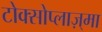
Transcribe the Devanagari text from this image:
टोक्सोप्लाज़्मा